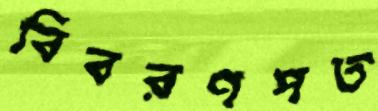
বিবরণপত